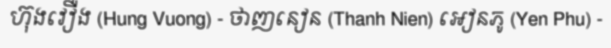
ហ៊ុងវឿង (Hung Vuong) - ថាញនៀន (Thanh Nien) អៀនភូ (Yen Phu) -